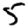
Digit: 5